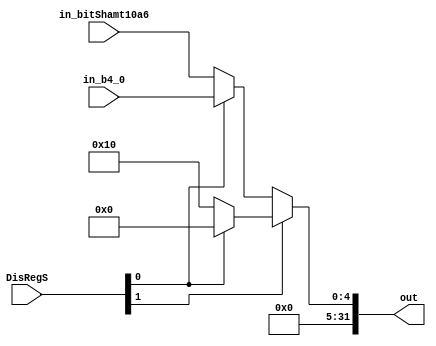
module MuxDisRegShamt(DisRegS, in_bitShamt10a6, in_b4_0, out);

	input [1:0] DisRegS;
	input [4:0] in_bitShamt10a6;
	input [4:0] in_b4_0;	
	parameter num16 = 5'd16;
	
	output[31:0] out;

	assign out = DisRegS[1] ? (DisRegS[0] ? 32'd0 : num16) : (DisRegS[0] ? in_b4_0 : in_bitShamt10a6);
					
endmodule